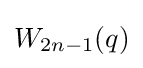
W_{2n-1}(q)